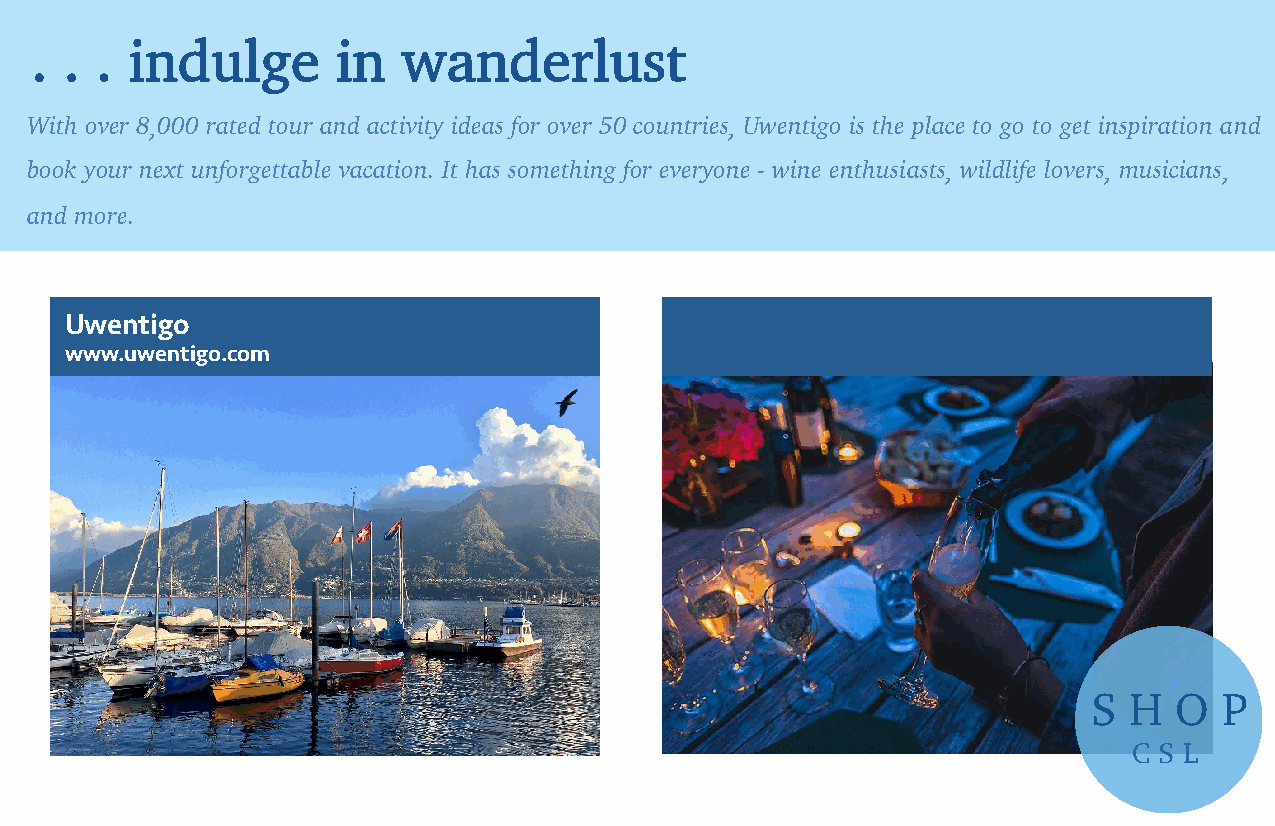
. . .  indulge      in   wanderlust
 With over 8,000 rated tour and activity ideas for over 50 countries, Uwentigo is the place to go to get inspiration and
 book your next unforgettable vacation. It has something for everyone - wine enthusiasts, wildlife lovers, musicians,
 and more.
 U www we .n uwti eg no
 ti go.com
 S  H  O  P
 C S L